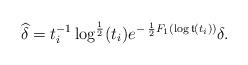
LaTeX: \begin{align*} \widehat{\delta} = t_i^{-1} \log^{\frac{1}{2}}(t_i) e^{- \: \frac12 F_1(\log {\frak t}(t_i))} \delta. \end{align*}